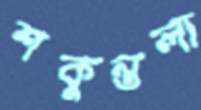
শকুন্তলা